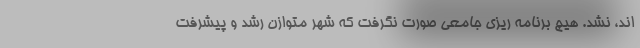
اند، نشد. هیچ برنامه ریزی جامعی صورت نگرفت که شهر متوازن رشد و پیشرفت